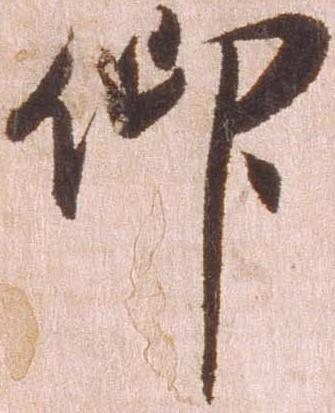
仰